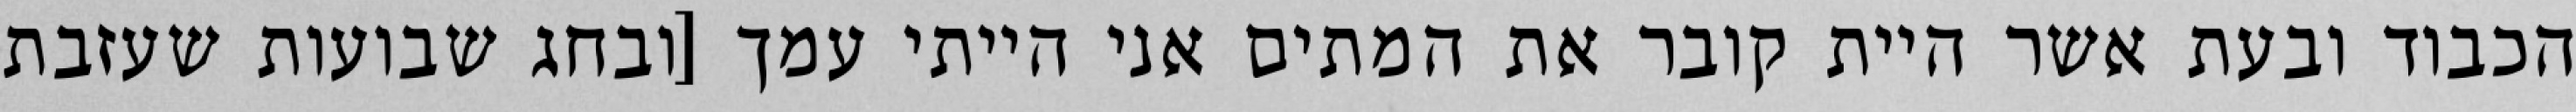
הכבוד ובעת אשר היית קובר את המתים אני הייתי עמך [ובחג שבועות שעזבת